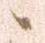
候